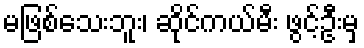
မဖြစ်သေးဘူး၊ ဆိုင်ကယ်မီး ဖွင့်ဦးမှ